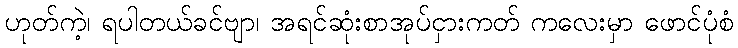
ဟုတ်ကဲ့၊ ရပါတယ်ခင်ဗျာ၊ အရင်ဆုံးစာအုပ်ငှားကတ် ကလေးမှာ ဖောင်ပုံစံ